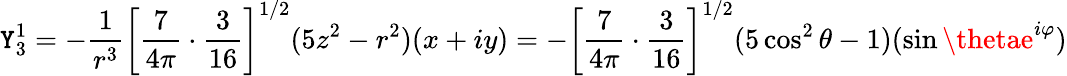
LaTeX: \mathtt{Y}_{3}^{1}=-{\frac{{1}}{{r^{3}}}}\left[{\frac{{7}}{{4\pi}}}\cdot{\frac{{3}}{{16}}}\right]^{1/2}(5z^{2}-r^{2})(x+iy)=-\left[{\frac{{7}}{{4\pi}}}\cdot{\frac{{3}}{{16}}}\right]^{1/2}(5\cos^{2}\theta-1)(\sin\thetae^{i\varphi})